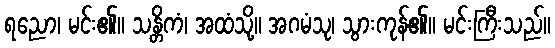
ရညော၊ မင်း၏။ သန္တိကံ၊ အထံသို့။ အဂမံသု၊ သွားကုန်၏။ မင်းကြီးသည်။